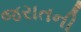
જરાતની